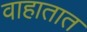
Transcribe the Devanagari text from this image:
वाहातात